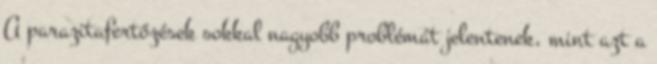
A parazitafertőzések sokkal nagyobb problémát jelentenek, mint azt a